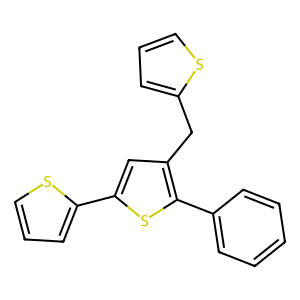
SMILES: c1ccc(-c2sc(-c3cccs3)cc2Cc2cccs2)cc1
Inhibits HIV replication: No